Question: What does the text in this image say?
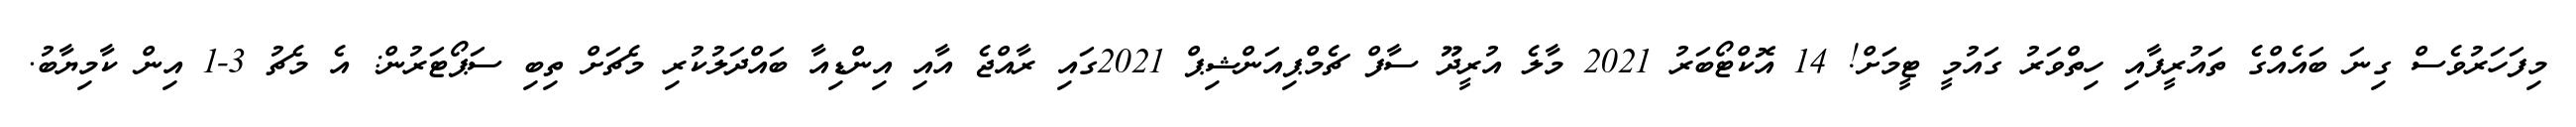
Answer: މިފަހަރުވެސް ގިނަ ބައެއްގެ ތައުރީފާއި ހިތްވަރު ގައުމީ ޓީމަށް! 14 އޮކްޓޯބަރު 2021 މާލެ އުރީދޫ ސާފް ޗެމްޕިއަންޝިޕް 2021ގައި ރާއްޖެ އާއި އިންޑިއާ ބައްދަލުކުރި މެޗަށް ތިބި ސަޕޯޓަރުން: އެ މެޗު 3-1 އިން ކާމިޔާބު.